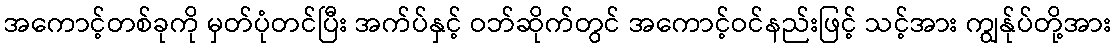
အကောင့်တစ်ခုကို မှတ်ပုံတင်ပြီး အက်ပ်နှင့် ဝဘ်ဆိုက်တွင် အကောင့်ဝင်နည်းဖြင့် သင့်အား ကျွန်ုပ်တို့အား